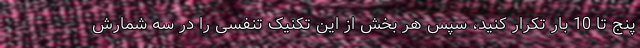
پنج تا 10 بار تکرار کنید، سپس هر بخش از این تکنیک تنفسی را در سه شمارش